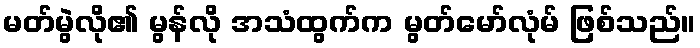
မတ်မွဲလို၏ မွန်လို အသံထွက်က မွတ်မော်လုံမ် ဖြစ်သည်။